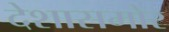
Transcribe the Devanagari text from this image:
देशासमोर